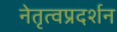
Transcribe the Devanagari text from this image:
नेतृत्वप्रदर्शन